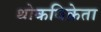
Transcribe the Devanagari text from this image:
थोकविक्रेता